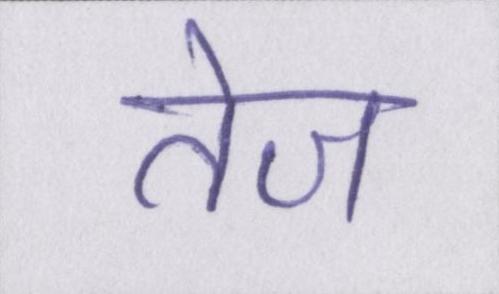
तेज